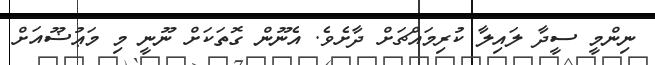
ނިންމީ ސީދާ ލައިލާ ކުރިމައްޗަށް ދާށެވެ. އެނޫން ގޮތަކަށް ނޫނީ މި މަޢުޟޫއަށް